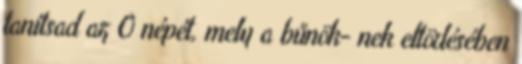
tanítsad az Ő népét, mely a bűnök− nek eltörlésében